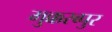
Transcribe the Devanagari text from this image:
मुक्करब्पुर